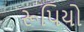
રૂપિયો